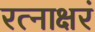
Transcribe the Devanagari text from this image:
रत्‍नाक्षरं